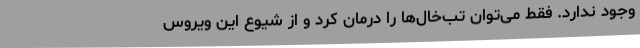
وجود ندارد. فقط می‌توان تب‌خال‌ها را درمان کرد و از شیوع این ویروس